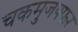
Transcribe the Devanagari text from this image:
चकमुजफ्फर